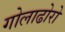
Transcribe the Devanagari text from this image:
गोलाढोरो